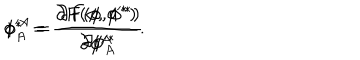
LaTeX: \phi ^ { A } = \frac { \partial F ( \phi , \phi ^ { * } ) } { \partial \phi _ { A } ^ { * } } \hspace { 2 c m } \phi _ { A } ^ { * } = \frac { \partial F ( \phi , \phi ^ { * } ) } { \partial \phi ^ { A } } .